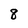
Character: 8